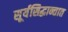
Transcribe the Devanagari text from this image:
सूर्यसिद्धान्तात